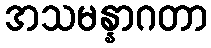
အသမန္နာဂတာ